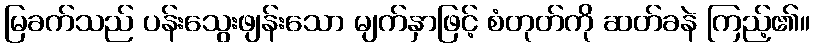
မြခက်သည် ပန်းသွေးဖျန်းသော မျက်နှာဖြင့် စံတုတ်ကို ဆတ်ခနဲ ကြည့်၏။